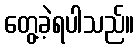
တွေ့ခဲ့ရပါသည်။